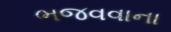
ભજવવાના